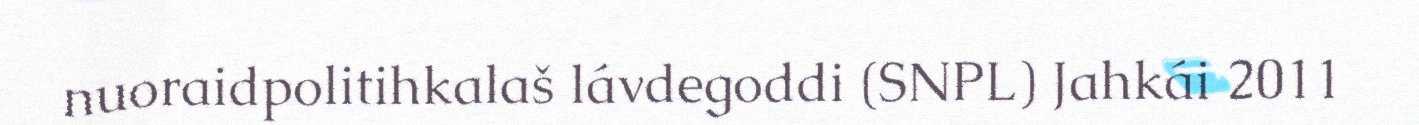
nuoraidpolitihkalaš lávdegoddi (SNPL) Jahkái 2011